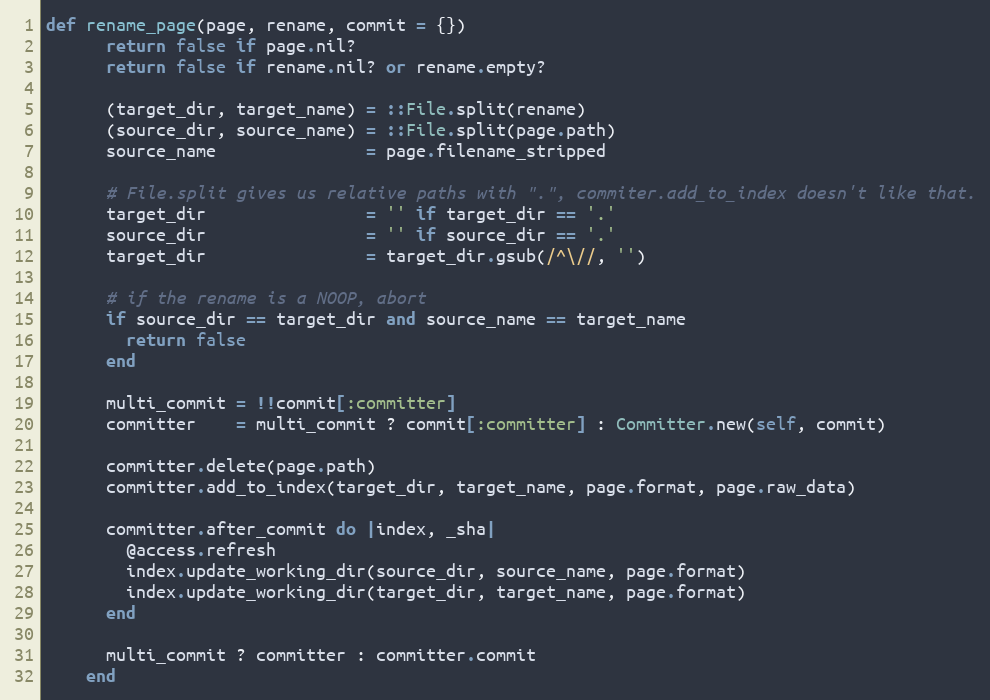
Language: Ruby
def rename_page(page, rename, commit = {})
      return false if page.nil?
      return false if rename.nil? or rename.empty?

      (target_dir, target_name) = ::File.split(rename)
      (source_dir, source_name) = ::File.split(page.path)
      source_name               = page.filename_stripped

      # File.split gives us relative paths with ".", commiter.add_to_index doesn't like that.
      target_dir                = '' if target_dir == '.'
      source_dir                = '' if source_dir == '.'
      target_dir                = target_dir.gsub(/^\//, '')

      # if the rename is a NOOP, abort
      if source_dir == target_dir and source_name == target_name
        return false
      end

      multi_commit = !!commit[:committer]
      committer    = multi_commit ? commit[:committer] : Committer.new(self, commit)

      committer.delete(page.path)
      committer.add_to_index(target_dir, target_name, page.format, page.raw_data)

      committer.after_commit do |index, _sha|
        @access.refresh
        index.update_working_dir(source_dir, source_name, page.format)
        index.update_working_dir(target_dir, target_name, page.format)
      end

      multi_commit ? committer : committer.commit
    end